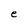
Character: e